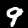
Label: 9